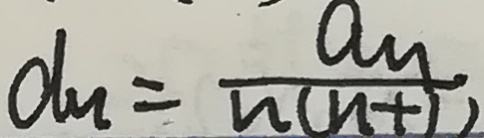
d _ { n } = \frac { a _ { n } } { n ( n + 1 ) }